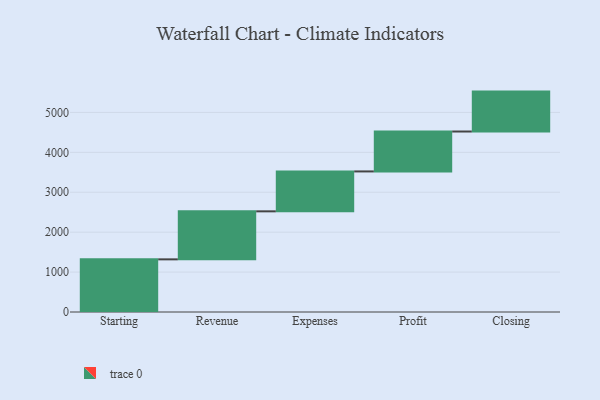
{"axis": {"x": "Step", "y": "Value"}, "legend": [""], "data": [{"x": "Starting", "y": 1319.0, "type": ""}, {"x": "Revenue", "y": 1203.0, "type": ""}, {"x": "Expenses", "y": 1000, "type": ""}, {"x": "Profit", "y": 1000, "type": ""}, {"x": "Closing", "y": 1000, "type": ""}]}